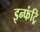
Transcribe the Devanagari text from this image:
इन्फंट्रि